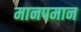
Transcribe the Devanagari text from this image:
मानपमान